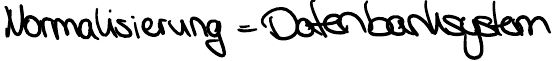
Normalisierung = Datenbanksystem